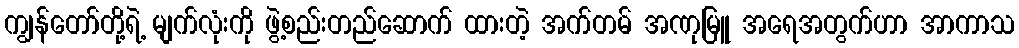
ကျွန်တော်တို့ရဲ့ မျက်လုံးကို ဖွဲ့စည်းတည်ဆောက် ထားတဲ့ အက်တမ် အဏုမြူ အရေအတွက်ဟာ အာကာသ